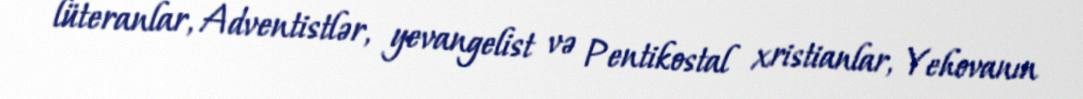
lüteranlar, Adventistlər, yevangelist və Pentikostal xristianlar, Yehovanın